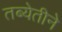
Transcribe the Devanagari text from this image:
तब्येतीने